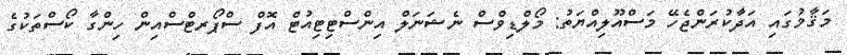
މަޤާމުގައި އަދާކުރަންޖެހޭ މަސްއޫލިއްޔަތު: މޯލްޑިވްސް ނެޝަނަލް އިންސްޓިޓިއުޓް އޮފް ސްޕޯރޓްސްއިން ހިންގާ ކޯސްތަކުގެ